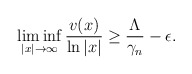
\begin{align*}\liminf_{ |x|\rightarrow \infty}\frac{v(x)}{\ln |x|}\geq \frac{\Lambda}{\gamma_{n}}-\epsilon.\end{align*}